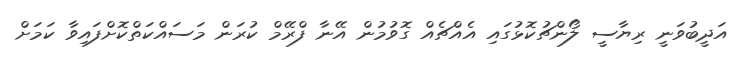
އަދީބުވަނީ ރިޔާސީ ލޯންޗުކޮޅުގައި އެއްޗެއް ގޮވުމުން އޭނާ ފްރޭމް ކުރަން މަސައްކަތްކޮށްފައިވާ ކަމަށް